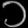
Digit: ၁